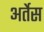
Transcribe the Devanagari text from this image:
अर्तेस